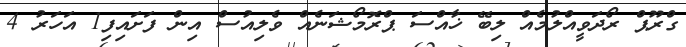
ގްރޫޕް ރޯދަވީއްލުމެއް ލިބޭ ޚާއްސަ ޕްރޮމޯޝަނެއް ވެލިއުސް އިން ފަށައިފި1 އަހަރު 4